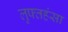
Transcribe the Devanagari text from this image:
लुफ्तहंसा